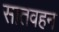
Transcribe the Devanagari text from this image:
सातवहन